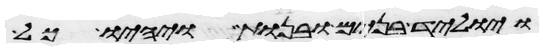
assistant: ויוליד בנים ובנות ויהיו כל